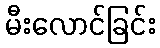
မီးလောင်ခြင်း